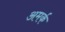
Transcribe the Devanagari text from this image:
अमर्क